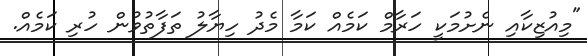
"މިއުޒިކާއި ނެށުމަކީ ހަރާމް ކަމެއް ކަމާ މެދު ހިޔާލު ތަފާތުވުން ހުރި ކަމެއް.